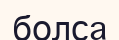
болса